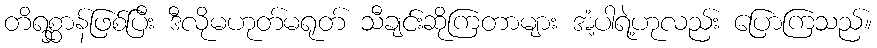
တိရစ္ဆာန်ဖြစ်ပြီး ဒီလိုမဟုတ်မရုတ် သီချင်းဆိုကြတာများ အံ့ပါရဲ့ဟုလည်း ပြောကြသည်။